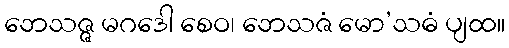
ဘေသဇ္ဇ မဂဒေါ စေဝ၊ ဘေသဇံ မော’သဓံ ပျထ။